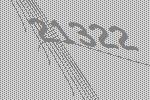
21322